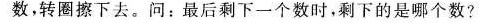
数，转圈擦下去。问：最后剩下一个数时，剩下的是哪个数?